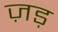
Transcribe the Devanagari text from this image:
ज़ड़